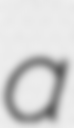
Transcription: a